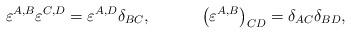
LaTeX: \begin{align*}\varepsilon ^{A,B}\varepsilon ^{C,D}=\varepsilon ^{A,D}\delta_{BC} ,\hspace{0.5in}\left( \varepsilon ^{A,B}\right) _{CD}=\delta_{AC}\delta _{BD} ,\end{align*}